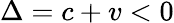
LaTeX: \Delta=c+v<0